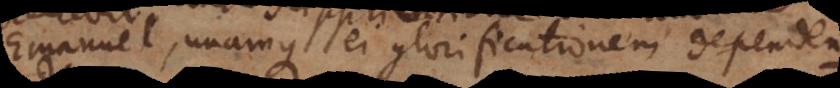
Emanuel, unamque ei glorificationem dependendam.